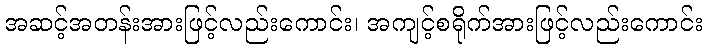
အဆင့်အတန်းအားဖြင့်လည်းကောင်း၊ အကျင့်စရိုက်အားဖြင့်လည်းကောင်း